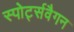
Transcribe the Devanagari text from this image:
स्पोर्ट्सवैगन